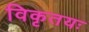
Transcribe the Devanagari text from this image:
विकृतयः